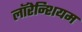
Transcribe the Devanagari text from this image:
लॉरेन्शियम